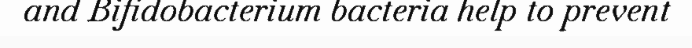
and Bifidobacterium bacteria help to prevent